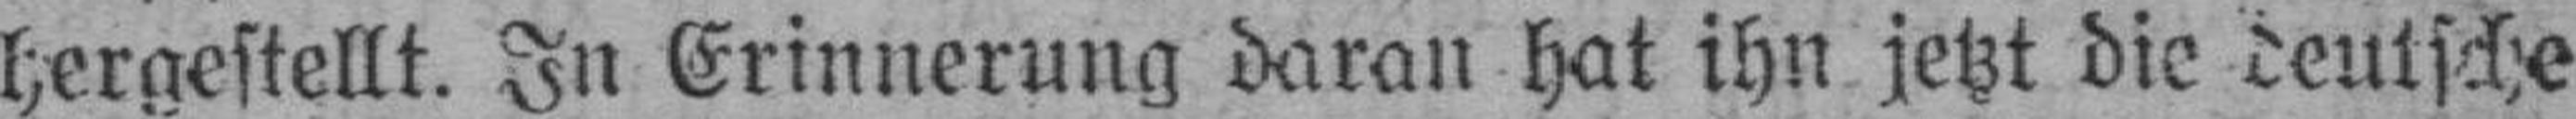
hergestellt. In Erinnerung daran hat ihn jetzt die deutsche